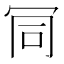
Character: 𠖄